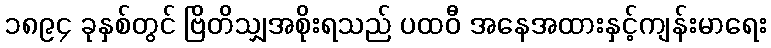
၁၈၉၄ ခုနှစ်တွင် ဗြိတိသျှအစိုးရသည် ပထဝီ အနေအထားနှင့်ကျန်းမာရေး